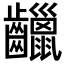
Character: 𪙷